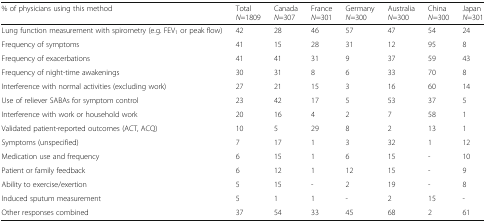
<table><thead><tr><td><b>% of physicians using this method</b></td><td><b>Total<i>N</i>=1809</b></td><td><b>Canada<i>N</i>=307</b></td><td><b>France<i>N</i>=301</b></td><td><b>Germany<i>N</i>=300</b></td><td><b>Australia<i>N</i>=300</b></td><td><b>China<i>N</i>=300</b></td><td><b>Japan<i>N</i>=301</b></td></tr></thead><tbody><tr><td>Lung function measurement with spirometry (e.g. FEV<sub>1</sub> or peak flow)</td><td>42</td><td>28</td><td>46</td><td>57</td><td>47</td><td>54</td><td>24</td></tr><tr><td>Frequency of symptoms</td><td>41</td><td>15</td><td>28</td><td>31</td><td>12</td><td>95</td><td>8</td></tr><tr><td>Frequency of exacerbations</td><td>41</td><td>41</td><td>31</td><td>9</td><td>37</td><td>59</td><td>43</td></tr><tr><td>Frequency of night-time awakenings</td><td>30</td><td>31</td><td>8</td><td>6</td><td>33</td><td>70</td><td>8</td></tr><tr><td>Interference with normal activities (excluding work)</td><td>27</td><td>21</td><td>15</td><td>3</td><td>16</td><td>60</td><td>14</td></tr><tr><td>Use of reliever SABAs for symptom control</td><td>23</td><td>42</td><td>17</td><td>5</td><td>53</td><td>37</td><td>5</td></tr><tr><td>Interference with work or household work</td><td>20</td><td>16</td><td>4</td><td>2</td><td>7</td><td>58</td><td>1</td></tr><tr><td>Validated patient-reported outcomes (ACT, ACQ)</td><td>10</td><td>5</td><td>29</td><td>8</td><td>2</td><td>13</td><td>1</td></tr><tr><td>Symptoms (unspecified)</td><td>7</td><td>17</td><td>1</td><td>3</td><td>32</td><td>1</td><td>12</td></tr><tr><td>Medication use and frequency</td><td>6</td><td>15</td><td>1</td><td>6</td><td>15</td><td>-</td><td>10</td></tr><tr><td>Patient or family feedback</td><td>6</td><td>12</td><td>1</td><td>12</td><td>15</td><td>-</td><td>9</td></tr><tr><td>Ability to exercise/exertion</td><td>5</td><td>15</td><td>-</td><td>2</td><td>19</td><td>-</td><td>8</td></tr><tr><td>Induced sputum measurement</td><td>5</td><td>1</td><td>1</td><td>-</td><td>2</td><td>15</td><td>-</td></tr><tr><td>Other responses combined</td><td>37</td><td>54</td><td>33</td><td>45</td><td>68</td><td>2</td><td>61</td></tr></tbody></table>